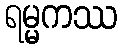
ရမ္မကဿ